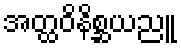
အတ္ထဝိနိစ္ဆယညူ